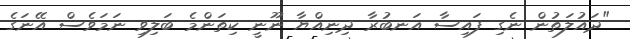
"ދައުލަތުން ނެގި ފައިސާ އަނބުރާ ދިނިއްޔާ ނޫނީ ކިތަންމެ ބަލިވި ނަމަވެސް އޭނަގެ